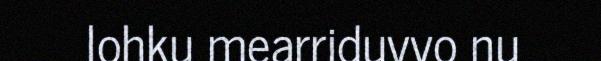
lohku mearriduvvo nu